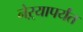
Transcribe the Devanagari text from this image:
नेऱ्यापर्यंत